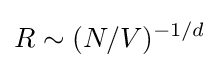
R\sim (N/V)^{-1/d}